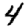
Digit: 4